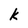
Character: k